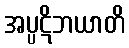
အပ္ပဋိဘယာတိ